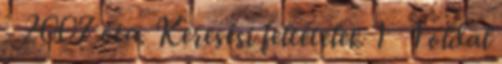
- 2007 óta. Keresési feltételek 1 1 oldal